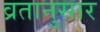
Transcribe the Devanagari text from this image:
व्रतानुसार